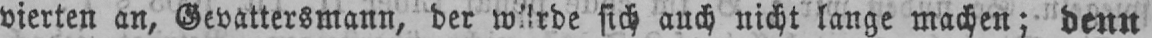
sich auch nicht lange machen; denn